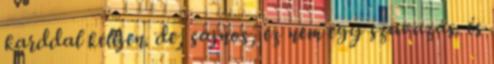
karddal kelljen. de, sajnos, ez nem egy szavazás. és